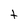
Character: t